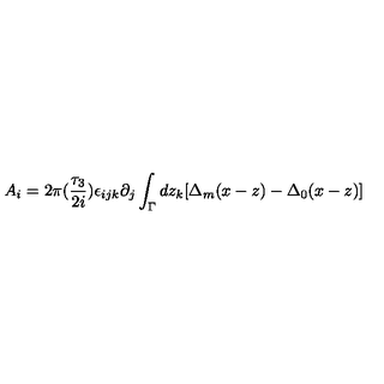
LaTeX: A _ { i } = 2 \pi ( \frac { \tau _ { 3 } } { 2 i } ) \epsilon _ { i j k } \partial _ { j } \int _ { \Gamma } d z _ { k } [ \Delta _ { m } ( x - z ) - \Delta _ { 0 } ( x - z ) ]